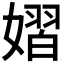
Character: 𪦞